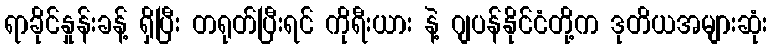
ရာခိုင်နှုန်းခန့် ရှိပြီး တရုတ်ပြီးရင် ကိုရီးယား နဲ့ ဂျပန်နိုင်ငံတို့က ဒုတိယအများဆုံး